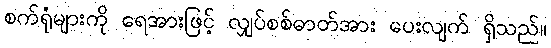
စက်ရုံများကို ရေအားဖြင့် လျှပ်စစ်ဓာတ်အား ပေးလျက် ရှိသည်။